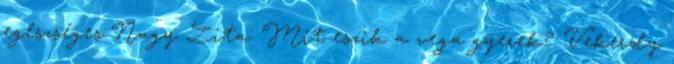
egészséges Nagy Zita: Mit eszik a vega gyerek? Vekerdy